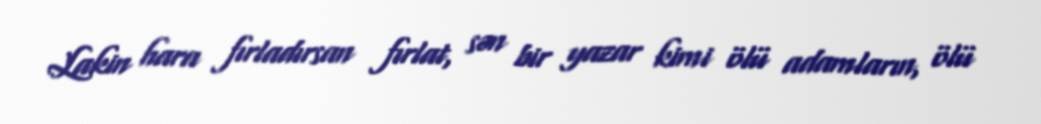
Lakin hara fırladırsan fırlat, sən bir yazar kimi ölü adamların, ölü